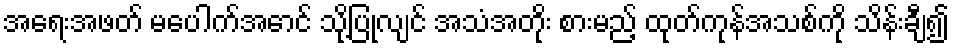
အရေးအဖတ် မပေါက်အောင် သို့ပြုလျင် အသံအတိုး စားမည့် ထုတ်ကုန်အသစ်ကို သိန်းချီ၍